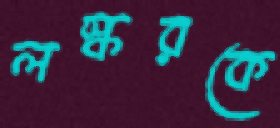
লস্করকে